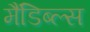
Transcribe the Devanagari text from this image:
मैंडिब्ल्स